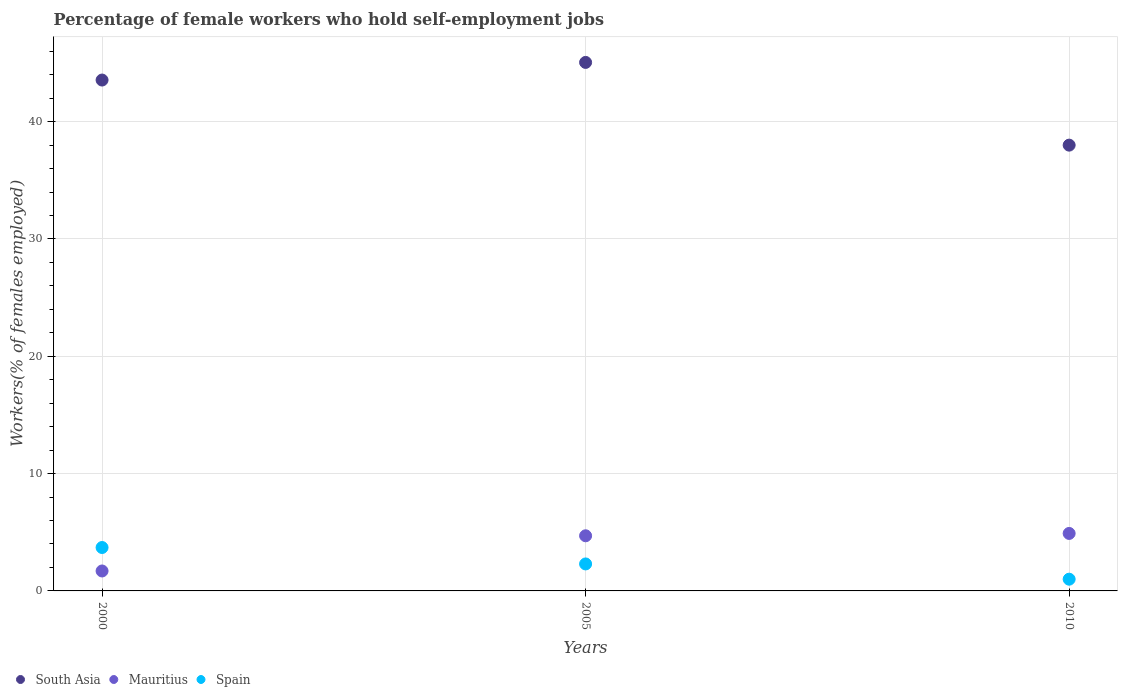
| Years | South Asia | Mauritius | Spain |
 | --- | --- | --- | --- |
 | 2000 | 43.5 | 1.7 | 3.7 |
 | 2005 | 45 | 4.7 | 2.3 |
 | 2010 | 38 | 4.9 | 1 |